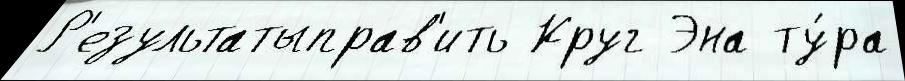
Р'езультатыправ'ить Круг Эна ту́ра